Civil Veterinary Department. Madras. Admin. report 1910-25 - 1910-1925
Year: 1910
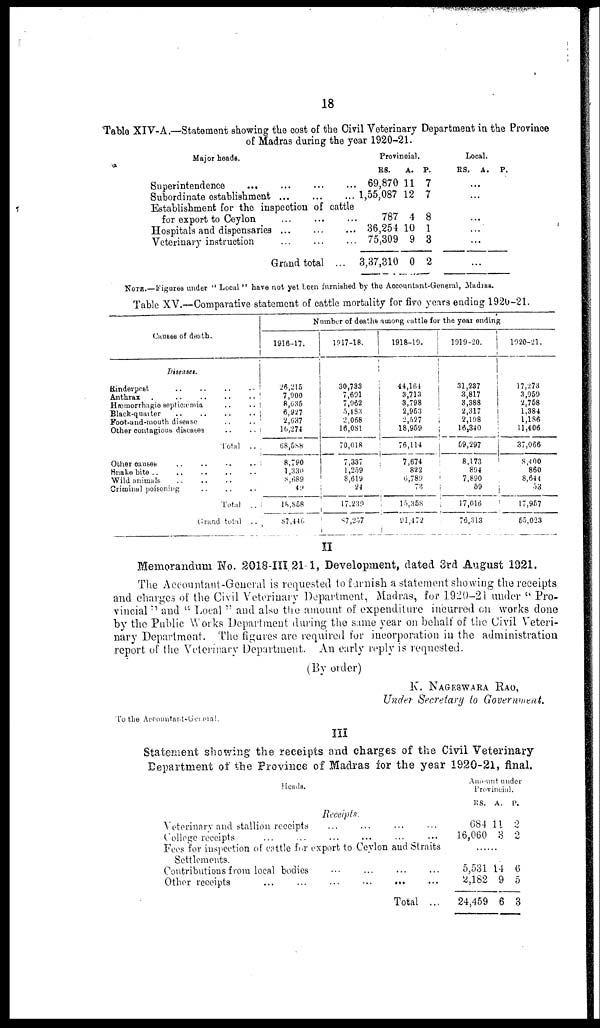
18
Table XIV-A.—Statement showing the cost of the Civil Veterinary Department in the Province
of Madras during the year 1920-21.
Major heads.
Superintendence ... ... ... ...
Subordinate establishment
...
...
...
Establishment for the inspection of cattle
for export to Ceylon
...
...
...
Hospitals and dispensaries
...
...
...
Veterinary instruction
...
...
...
Grand total ...
Provincial.
RS.
A. P.
69,870 11 7
1,55,087 12 7
787 4 8
36,254 10 1
75,309 9 3
3,37,310 0 2
Local.
RS. A. P.
...
...
...
...
...
...
NOTE—Fgures under "Local" have not yet been furnished by the Accountant-General, Madras.
Table XV.—Comparative statement of cattle mortality for five years ending 1920-21.
Causes of death.
Diseases.
Anthrax
.
..
..
..
..
Hæmorrhagic septicæmia .. ..
Foot-and-mouth disease .. ..
Other contagious diseases .. ..
Total ..
Wild animals .. .. ..
Criminal poisoning
..
..
..
Total ..
Grand total ..
Number of deaths among cattle for the year ending
1916-17.
26,215
7,900
8,635
6,927
2,637
10,274
68,588
8,790
1,330
8,689
49
18,858
87,440
1917-18.
30,733
7,691
7,962
5,483
2,068
16,081
70,018
7,337
1,259
8,619
24
17,239
87,257
1918-19.
i
14,164
|
3,713
3,798
J
2,963
2,527
18,959
76,114
7,674
822
6,789
73
15,358
91,472
I 1919-20.
31,237
3,817
3,388
2,317
2,198
16,340
59,297
8,173
894
7,890
59
i
17,016
76,313
|
1920-21.
i
17,278
3,059
2,758
1,384
1,186
11,406
37,066
8,400
860
8,644
53
17,957
55,023
II
Memorandum No. 2018-III 21-1, Development, dated 3rd August 1921.
The Accountant-General is requested to furnish a statement showing the receipts
and charges of the Civil Veterinary Department, Madras, for 1920-21 under "Pro-
vincial" and "Local" and also the amount of expenditure incurred on works done
by the Public Works Department during the same year on behalf of the Civil Veteri-
nary Department. The figures arc required for incorporation in the administration
report of the Veterinary Department. An early reply is requested.
(By order)
K. NAGESWARA RAO,
Under Secretary to Government.
To the Accountant-General.
III
Statement showing the receipts and charges of the Civil Veterinary
Department of the Province of Madras for the year 1920-21, final.
Heads.
Receipts.
Veterinary and stallion receipts ... ... ... ...
College receipts ... ... ... ... ... ...
Fees for inspection of cattle for export to Ceylon and Straits
Settlements.
Contributions from local bodies
...
...
...
...
Other receipts
...
...
...
...
...
...
Total ...
Amount under
Provincial.
RS. A. P.
684 11 2
16,060 3 2
5,531 14 6
2,182 9 5
24,459 6 3